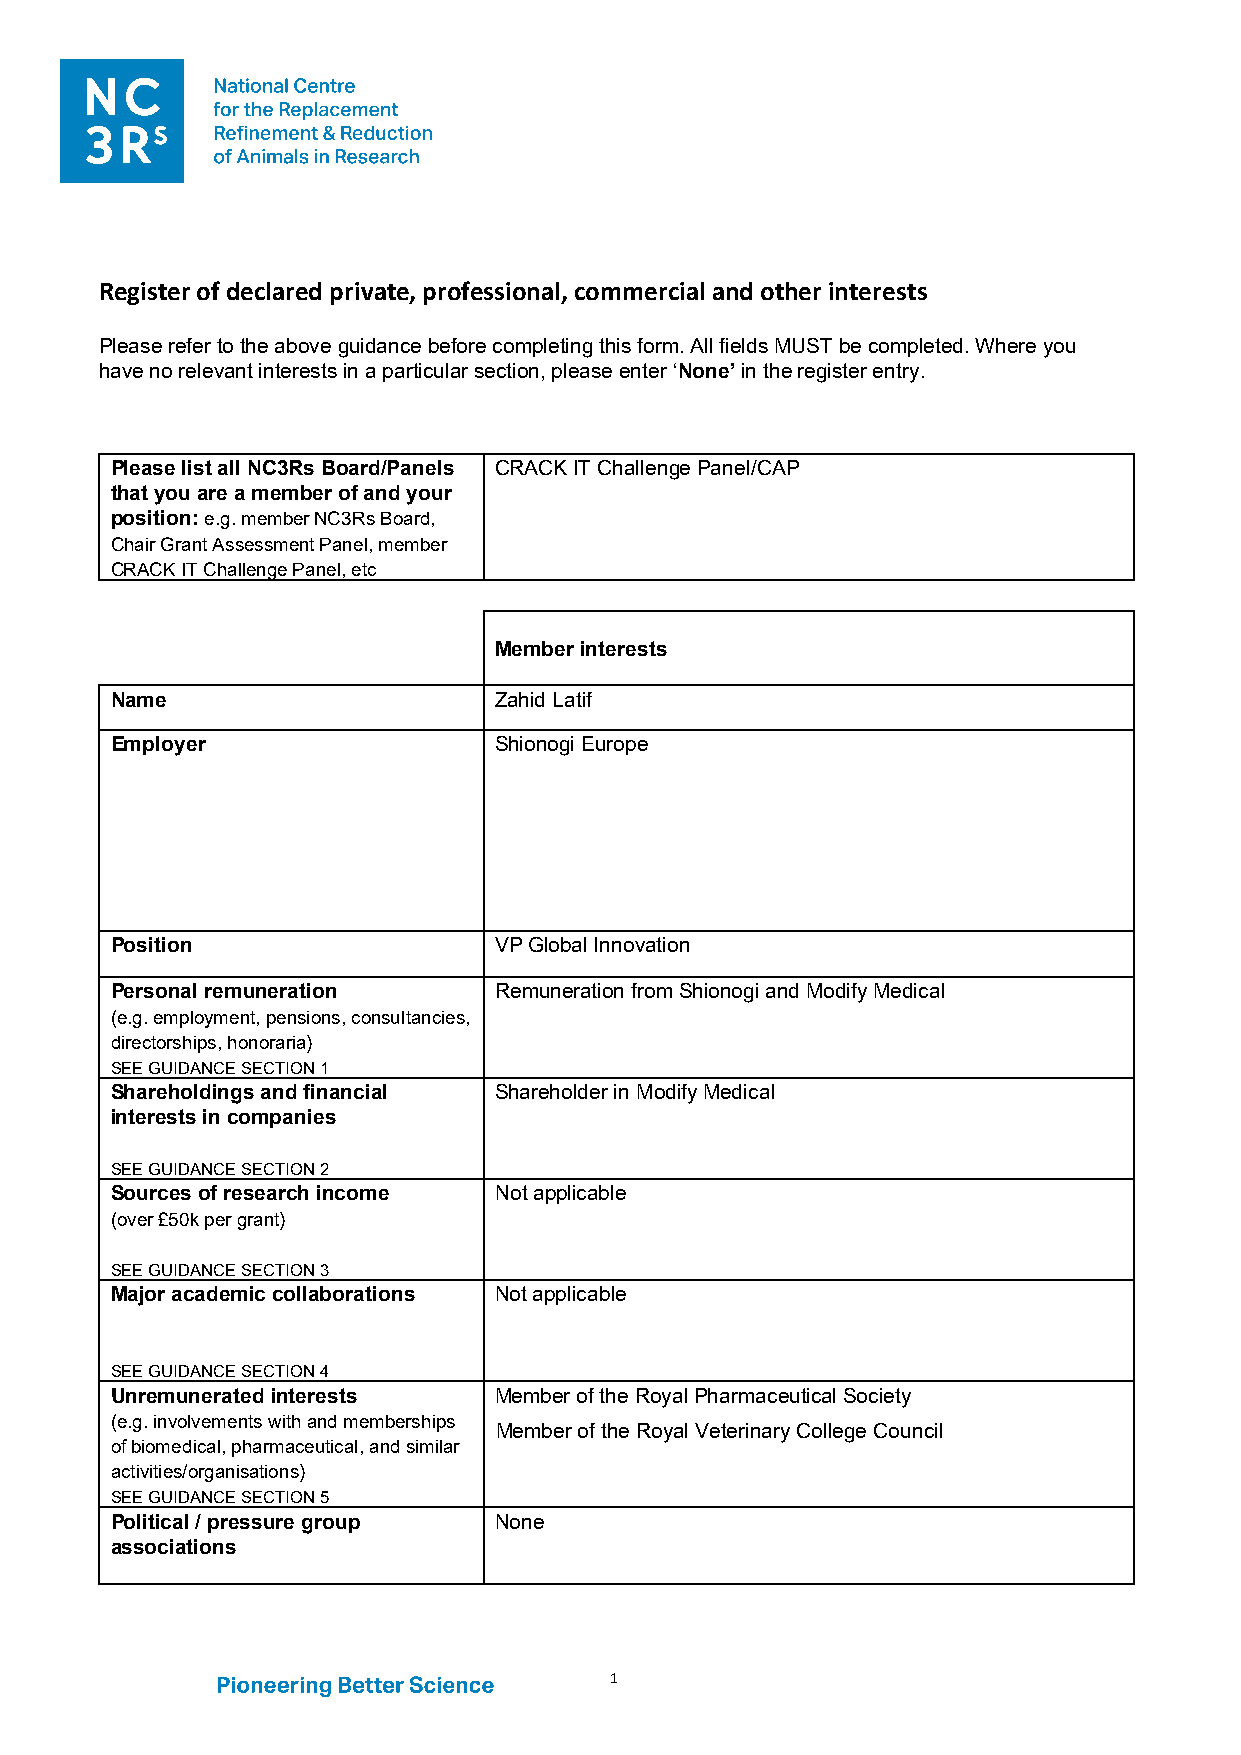
Register of declared private, professional, commercial and other interests
 Please refer to the above guidance before completing this form. All fields MUST be completed. Where you
 have no relevant interests in a particular section, please enter ‘None’ in the register entry.
 Please list all NC3Rs Board/Panels CRACK IT Challenge Panel/CAP
 that you are a member of and your
 position: e.g. member NC3Rs Board,
 Chair Grant Assessment Panel, member
 CRACK IT Challenge Panel, etc
 Member interests
 Name                      Zahid Latif
 Employer                  Shionogi Europe
 Position                  VP Global Innovation
 Personal remuneration     Remuneration from Shionogi and Modify Medical
 (e.g. employment, pensions, consultancies,
 directorships, honoraria)
 SEE GUIDANCE SECTION 1
 Shareholdings and financial Shareholder in Modify Medical
 interests in companies
 SEE GUIDANCE SECTION 2
 Sources of research income Not applicable
 (over £50k per grant)
 SEE GUIDANCE SECTION 3
 Major academic collaborations Not applicable
 SEE GUIDANCE SECTION 4
 Unremunerated interests   Member of the Royal Pharmaceutical Society
 (e.g. involvements with and memberships
 Member of the Royal Veterinary College Council
 of biomedical, pharmaceutical, and similar
 activities/organisations)
 SEE GUIDANCE SECTION 5
 Political / pressure group None
 associations
 1